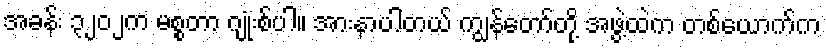
အခန်း ၃၂၀၂က မစ္စတာ ဂျုံးစ်ပါ။ အားနာပါတယ် ကျွန်တော်တို့ အဖွဲ့ထဲက တစ်ယောက်က